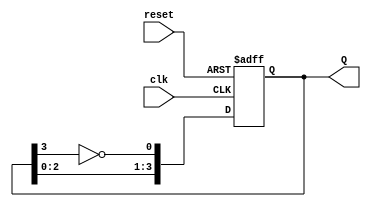
module johnson_counter (
    input wire clk,       // Clock signal
    input wire reset,     // Asynchronous reset signal
    output reg [3:0] Q    // 4-bit output representing current state
);

// Sequential logic for Johnson counter
always @(posedge clk or posedge reset) begin
    if (reset) begin
        Q <= 4'b0000;      // Initialize to 0000 on reset
    end else begin
        Q <= {Q[2:0], ~Q[3]}; // Shift and feed back the inverted last bit
    end
end

endmodule